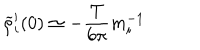
\widetilde { \rho } _ { i } ^ { \prime } ( 0 ) \simeq - { \frac { T } { 6 \pi } } m _ { i } ^ { - 1 }